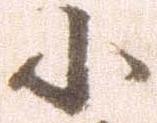
小